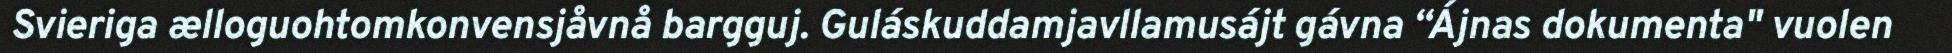
Svieriga ælloguohtomkonvensjåvnå bargguj. Guláskuddamjavllamusájt gávna “Ájnas dokumenta" vuolen